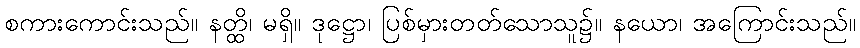
စကားကောင်းသည်။ နတ္ထိ၊ မရှိ။ ဒုဋ္ဌော၊ ပြစ်မှားတတ်သောသူ၌။ နယော၊ အကြောင်းသည်။